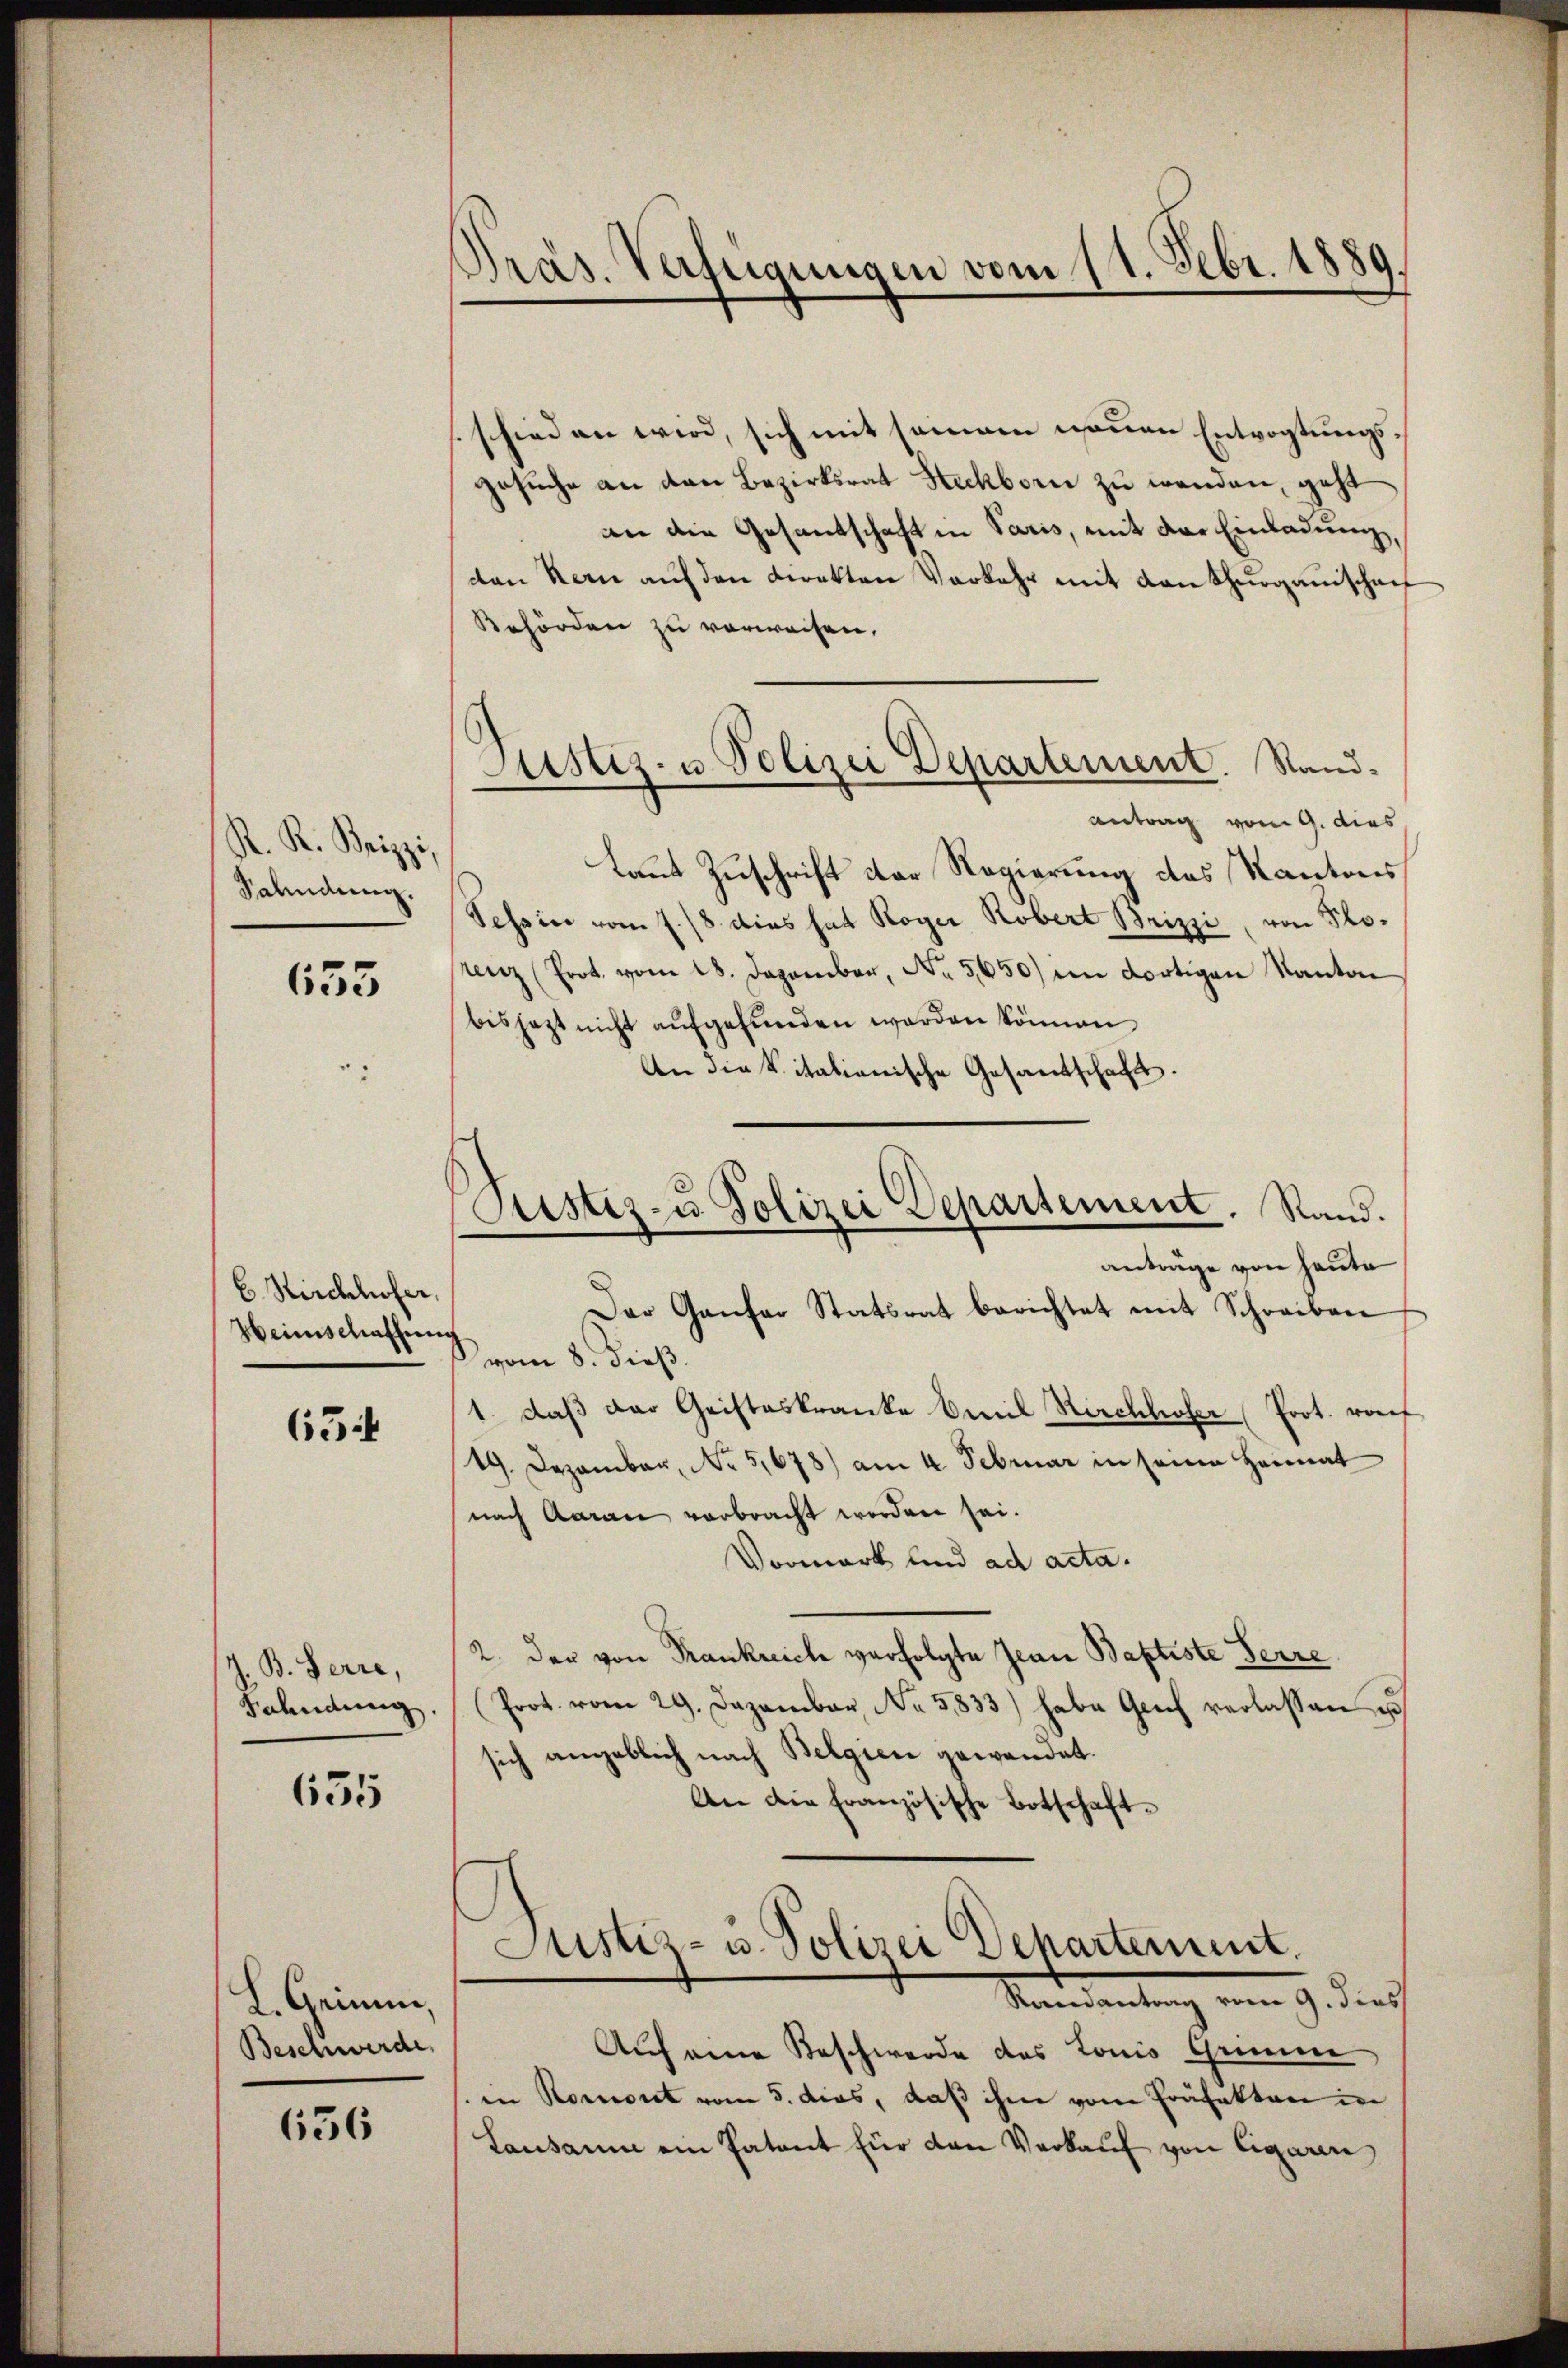
R. R. Brizzi,
Salndung.

655

6. Kirchhofer,
Heinschaffung

654

Z. B. Herre,
Fahndung.

635

L. Grimm,
Beschwerde,

656

Präs. Verfügungen vom 11. Febr. 1889.

schieden wird, sich mit seinem nennen Entvogtungsgesuche an den Bezirksrat Steckborn zu werden, geht
an die Gesantschaft in Paris, mit der Einladung,
dan Kern aŭf den Direkten Verkehr mit von Thurgauischen
Behörden zu verweisen.
antrag vom 9. dies
Laut Zuschrift der Regierung des Kantons
Tessin vom 7. 18. dies hat Roger Robert Brizzi, von Plorenz (Prot. vom 18. Dezember, No 5650) im dortigen Kanton
bisjetzt nicht aufgefunden werden können.
An die Vitalienische Gesandschaft.
Der Gantar Statsrat berichtet mit Schreiben
vom 8. dieß.
1. daβ der Geisteskranke Emil Kirchhofer Prot. raf
19. Dezember, No 5,678) am 4. Februar in seine Heimat
nach Aarau verbracht worden sei.
Vormark und ad acta.
2. Der von Krankreich verfolgte Jean Baptiste Ferre
Prot. vom 29. Dezember No. 5833) habe Genf verlassen u
sich angeblich nach Belgien gewandet.
An die Französische Botschaft-
Justiz- u. Polizei Departement.
Mandantung vom 9. dies
Auf eine Beschwerde des Louis Grunne
in Rorort vom 5. das, daß ihm vom Präfekten in
Lausamm ein Patent für den Verkauf von Cigaren

Justiz- u. Polizei Departement. Stand.

Prestiz- u Polizei Departement. Stand.
antrage von heute